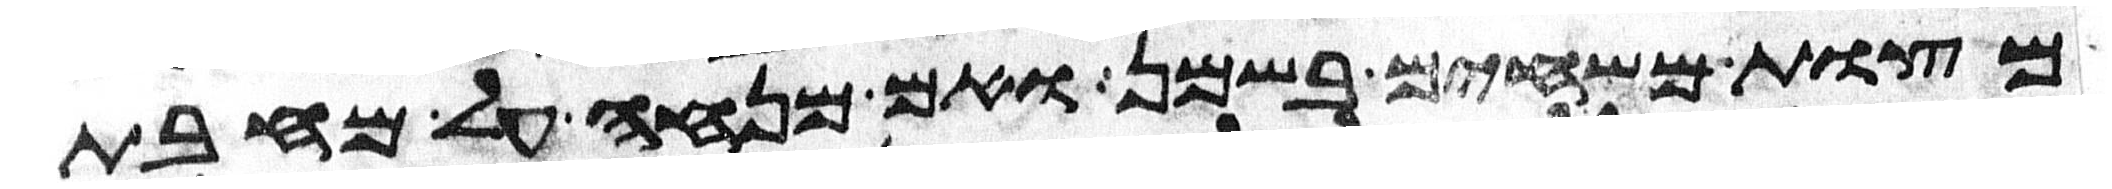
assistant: מצות משחים בשמן ואם מנחה על מחבת